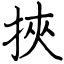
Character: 挾